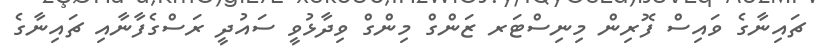
ޗައިނާގެ ވައިސް ފޮރިން މިނިސްޓަރ ޒަންގް މިންގް ވިދާޅުވީ ސައުދީ ރަސްގެފާނާއި ޗައިނާގެ